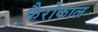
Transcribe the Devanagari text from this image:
फैरोकाल